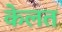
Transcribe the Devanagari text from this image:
केलत